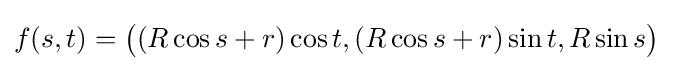
f(s,t)={\big (}(R\cos s+r)\cos t,(R\cos s+r)\sin t,R\sin s{\big )}